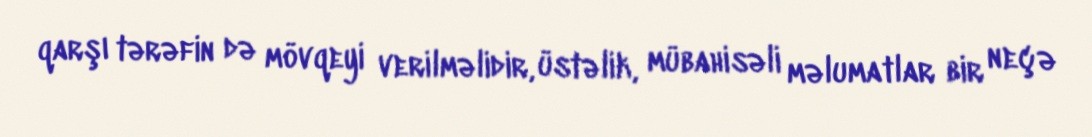
qarşı tərəfin də mövqeyi verilməlidir, üstəlik, mübahisəli məlumatlar bir neçə